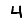
Digit: 4